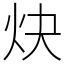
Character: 炔